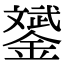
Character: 𨭉